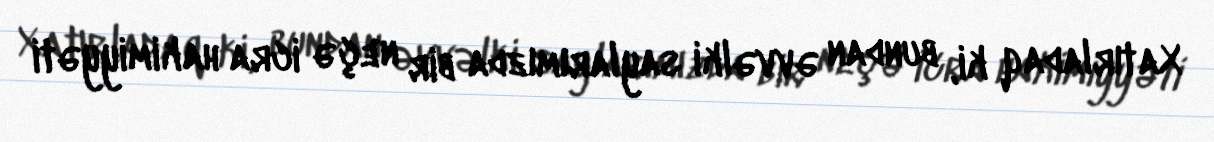
Xatırladaq ki, bundan əvvəlki saylarımızda bir neçə icra hakimiyyəti